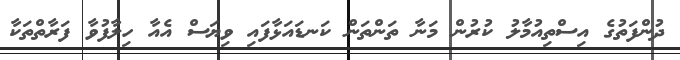
ދުންފަތުގެ އިސްތިއުމާލު ކުރުން މަނާ ތަންތަން ކަނޑައަޅާފައި ވިޔަސް އެއާ ހިލާފުވާ ފަރާތްތަކާ